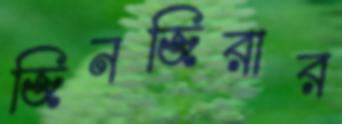
জিনজিরার